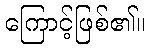
ကြောင့်ဖြစ်၏။